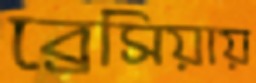
ব্রেসিয়ায়